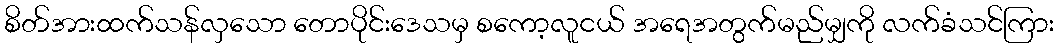
စိတ်အားထက်သန်လှသော တောပိုင်းဒေသမှ စကော့လူငယ် အရေအတွက်မည်မျှကို လက်ခံသင်ကြား